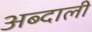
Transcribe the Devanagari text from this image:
अब्‍दाली